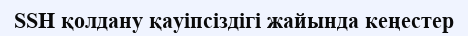
SSH қолдану қауіпсіздігі жайында кеңестер